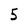
Character: 5